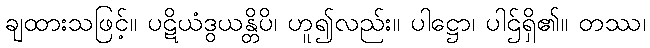
ချထားသဖြင့်။ ပဋိယံဒွယန္တိပိ၊ ဟူ၍လည်း။ ပါဋ္ဌော၊ ပါဌ်ရှိ၏။ တဿ၊